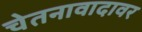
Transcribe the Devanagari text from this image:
चेतनावादावर